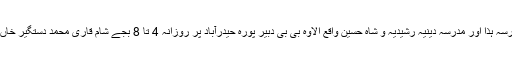
25 جنوری سے تمام طلباء وطالبات مدرسہ ہذا اور مدرسہ دینیہ رشیدیہ و شاہ حسینؒ واقع الاوہ بی بی دبیر پورہ حیدرآباد پر روزانہ 4 تا 8 بجے شام قاری محمد دستگیر خاں قادری صدر مدرس سے حاصل کریں ۔